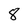
Character: 8